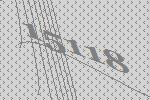
15118